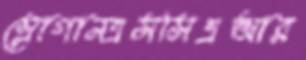
স্লোগানএসসিএআর